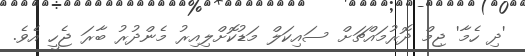
'ދި ހެމާ' ޖިމް ދޮރުމައްޗަށް ސައިކަލް މަޑުކޮށްލިއިރު މެންދުރު ބާރަ ޖެހީ އެވެ.